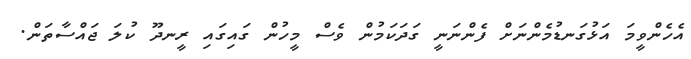
އެހެންވީމަ އަޅުގަނޑުމެންނަށް ފެންނަނީ ގަދަކަމުން ވެސް މީހުން ގައިގައި ރީނދޫ ކުލަ ޖައްސާތަން.